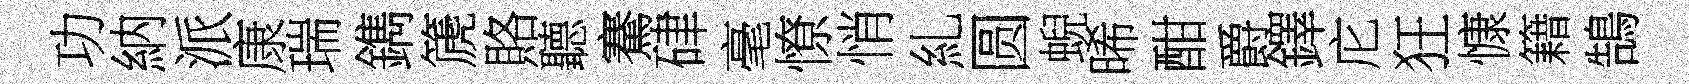
功納派康瑞鐫篪賂聽騫硉毫憭悄糺圆蜺晞酣爵鐸庀狂慷籍鵠